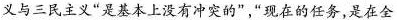
义与三民主义”是基本上没有冲突的”，”现在的任务，是在全